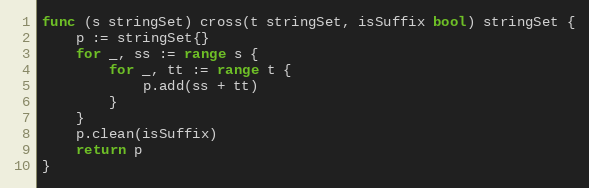
Language: Go
func (s stringSet) cross(t stringSet, isSuffix bool) stringSet {
	p := stringSet{}
	for _, ss := range s {
		for _, tt := range t {
			p.add(ss + tt)
		}
	}
	p.clean(isSuffix)
	return p
}